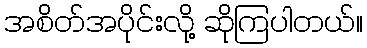
အစိတ်အပိုင်းလို့ ဆိုကြပါတယ်။